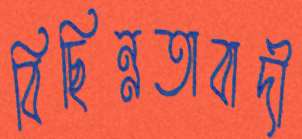
বিছিন্নতাবাদী